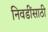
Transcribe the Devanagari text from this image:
निवडींसाठी